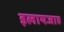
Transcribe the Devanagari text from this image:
इलायजाह